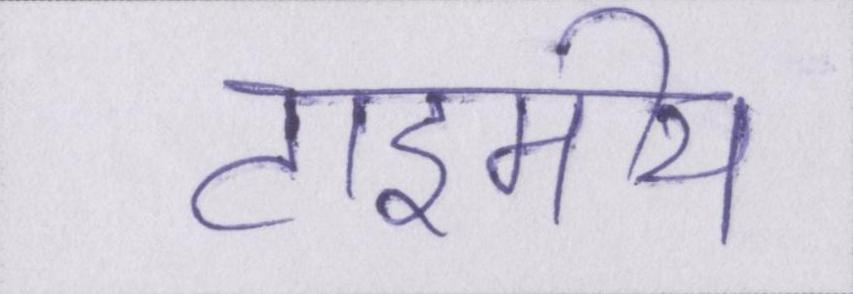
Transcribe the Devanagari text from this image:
टाइमीय